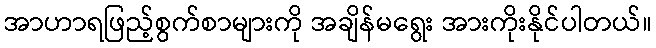
အာဟာရဖြည့်စွက်စာများကို အချိန်မရွေး အားကိုးနိုင်ပါတယ်။